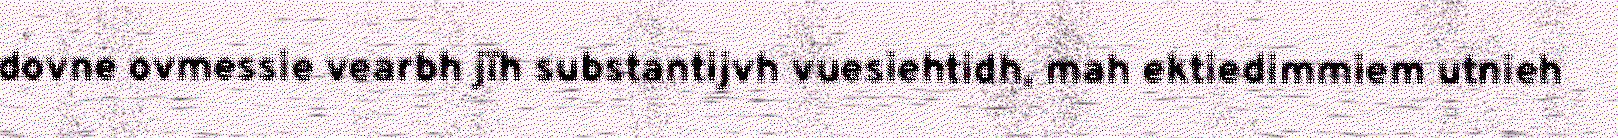
dovne ovmessie vearbh jïh substantijvh vuesiehtidh, mah ektiedimmiem utnieh